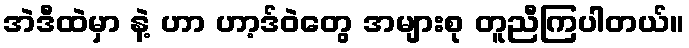
အဲဒီထဲမှာ နဲ့ ဟာ ဟာ့ဒ်ဝဲတွေ အများစု တူညီကြပါတယ်။